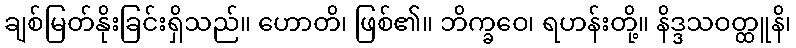
ချစ်မြတ်နိုးခြင်းရှိသည်။ ဟောတိ၊ ဖြစ်၏။ ဘိက္ခဝေ၊ ရဟန်းတို့။ နိဒ္ဒသဝတ္ထူနိ၊